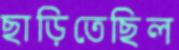
ছাড়িতেছিল